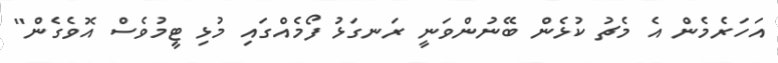
އަހަރެމެން އެ މެޗު ކުޅެން ބޭނުންވަނީ ރަނގަޅު ފޯމެއްގައި މުޅި ޓީމުވެސް އޮވެގެން"